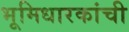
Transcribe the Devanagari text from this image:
भूमिधारकांची